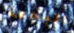
البجعة